Lunatic asylums United Provinces 1899-1908 - 1899-1908
Year: 1899
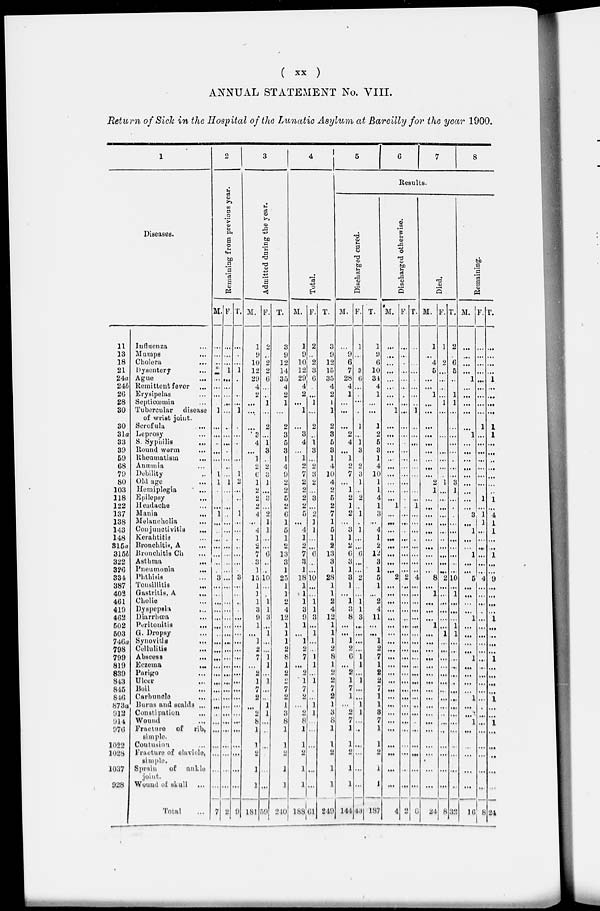
( xx )
ANNUAL STATEMENT No. VIII.
Return of Sick in the Hospital of the Lunatic Asylum at Bareilly for the year 1900.
1
Diseases.
11
13
18
21
24a
24b
26
28
30
30
31a
33
39
50
68
79
80
103
118
122
137
138
143
148
315a
315b
322
326
334
387
402
461
419
462
502
503
746a
798
799
819
839
843
845
846
873a
912
914
976
1022
1028
1037
928
Iufluenza …
Mumps …
Cholera …
Dysentery …
Ague …
Remittent fever …
Erysipelas …
Septiœmia …
Tubercular
disease
of wrist joint.
Scrofula …
Leprosy …
S. Syphilis …
Round worm …
Rheumatism …
Anœmia …
Debility …
Old age …
Hemiplegia
...
Epilepsy …
Headache …
Mania …
Melancholia
...
Conjunctivitis …
Kerahtitis …
Bronchitis, A …
Bronchitis Ch …
Asthma
...
Pneumonia …
Phthisis …
Tonsillitis …
Gastritis, A …
Cholic …
Dyspepsia …
Diarrhœa …
Peritonitis
...
G. Dropsy …
Synovitis
...
Cellulitis …
Abscess …
Eczema …
Parigo …
Ulcer …
Boil …
Carbunele …
Burns and scalds …
Constipation …
Wound …
Fracture of rib,
simple.
Contusion …
Fracture of clavicle,
simple.
Sprain
of anklo
joint.
Wound of skull …
Total …
2
Remaining from previous year.
M.
…
…
…
…
…
…
…
1
…
…
..
…
…
1
1
…
…
...
1
…
..
…
…
…
…
…
3
…
…
…
…
…
…
…
…
…
…
…
…
…
…
…
…
…
…
…
…
...
...
7
F.
…
…
…
1
…
…
…
…
…
…
…
…
.
...
..
…
1
...
…
..
…
…
…
…
...
..
…
…
…
…
...
…
…
…
…
...
…
…
…
…
…
…
…
…
…
…
…
...
...
2
T.
…
.
…
1
…
…
…
1
.
…
..
…
1
2
…
..
1
…
…
..
..
…
…
.
3
…
…
..
.
…
…
...
…
…
…
…
…
…
...
...
…
...
…
…
…
…
...
9
3
Admitted during the year.
M.
1
9
10
12
29
4
2
...
…
…
3
4
…
1
2
6
1
9
2
9
4
…
4
1
2
7
3
1
15
1
1
1
3
9
1
…
1
2
7
…
2
1
7
2
...
2
8
1
1
2
1
1
181
F.
2
…
9
9
6
…
…
1
...
2
…
1
3
2
3
1
…
3
…
2
1
1
…
...
6
..
..
10
…
…
1
1
3
…
1
…
…
1
1
…
1
...
…
1
1
…
..
…
...
…
59
T.
3
9
12
14
35
4
2
1
…
2
3
5
3
1
4
9
2
2
5
2
6
1
5
1
2
13
3
1
25
1
1
2
4
12
1
1
1
2
8
1
2
2
7
2
1
3
8
1
1
2
1
1
210
4
Total.
M.
1
9
10
12
29
4
2
...
1
…
3
4
...
1
2
7
2
2
2
2
5
...
4
1
2
7
3
1
18
1
1
1
3
9
1
...
1
2
7
...
2
1
7
2
…
2
8
1
1
2
1
1
188
F.
2
..
2
3
6
.
…
1
…
2
..
1
3
…
2
3
2
...
3
…
2
1
1
…
…
6
..
…
10
…
…
1
1
3
…
1
…
…
1
1
…
1
.
…
1
1
…
...
...
…
…
61
T.
3
9
12
15
35
4
2
1
1
2
3
5
3
1
4
10
4
2
5
2
7
1
5
1
2
13
3
1
28
1
1
2
4
12
1
1
1
2
8
1
2
2
7
2
1
3
8
1
1
2
1
1
249
5
6
7
8
Results.
Discharged cured.
M.
…
9
6
7
28
4
1
...
...
...
2
4
…
1
2
7
...
1
2
1
2
…
3
1
2
6
3
1
3
1
…
1
3
8
...
…
1
2
6
…
2
1
7
1
…
2
7
1
1
2
1
1
144
F.
1
...
…
3
6
...
.
…
..
1
…
1
3
…
2
3
1
…
2
…
1
.
1
…
…
6
…
…
2
..
...
1
1
3
…
…
...
…
1
1
…
1
…
...
1
1
...
..
...
...
…
…
43
T.
1
9
6
10
31
4
1
…
…
1
2
5
3
1
4
10
1
1
4
1
3
…
4
1
2
12
3
1
5
1
...
2
4
11
…
…
1
2
7
1
2
2
7
1
1
3
7
1
1
2
1
1
187
Discharged otherwise.
M.
…
…
...
…
...
…
...
…
1
…
...
…
...
…
...
…
…
…
…
1
…
…
…
…
…
…
…
…
2
...
…
…
...
…
...
…
…
…
...
...
...
…
…
...
…
...
...
...
…
…
…
…
4
F.
…
…
.
…
…
…
.
...
…
...
...
.
…
…
...
...
…
…
.
.
…
…
.
…
...
…
…
…
2
…
...
...
…
..
…
...
…
…
…
...
…
...
...
…
…
...
…
...
...
…
…
…
2
T.
…
…
...
...
.
…
...
…
1
…
…
…
…
…
…
…
…
…
…
1
…
...
...
..
…
...
…
..
4
…
...
…
...
...
...
...
…
...
...
…
...
…
...
…
…
…
.
…
...
…
…
…
6
Died.
M.
1
…
4
5
...
...
1
…
…
…
…
…
…
…
…
...
2
1
…
…
...
…
…
…
…
...
…
…
8
...
1
…
…
…
1
…
…
…
…
...
…
…
…
...
…
...
…
...
…
...
…
…
24
F.
1
…
2
...
…
…
...
1
...
…
…
…
...
...
…
.
1
...
...
...
…
…
...
…
...
…
…
…
2
…
…
…
…
...
...
1
…
...
...
...
…
...
…
…
…
..
...
..
…
...
…
…
8
T.
2
.
6
5
…
…
1
1
...
...
…
…
...
.
…
…
3
1
…
.
.
...
...
…
...
...
…
...
10
…
1
…
…
...
1
1
…
...
…
…
…
.
…
…
…
…
…
...
…
...
…
…
32
Remaining.
M.
…
…
…
...
1
...
…
...
…
…
1
...
…
…
…
...
...
…
…
...
3
…
1
…
..
1
…
…
5
…
…
...
...
1
...
…
…
…
1
…
...
...
...
1
…
…
1
…
…
…
…
…
10
F.
…
...
…
...
…
...
...
...
...
1
…
…
…
…
...
…
…
1
…
1
1
…
...
…
...
…
…
4
…
...
…
.
…
...
…
…
...
…
…
…
...
...
…
.
…
...
...
...
...
…
…
8
T.
…
…
…
…
1
…
…
…
…
1
1
...
…
..
…
…
...
..
1
...
4
1
1
..
…
1
…
...
9
…
…
…
…
1
…
…
…
…
1
…
…
…
…
1
…
…
1
…
…
..
…
…
24